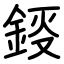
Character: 鋄